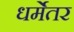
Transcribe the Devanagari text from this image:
धर्मेतर